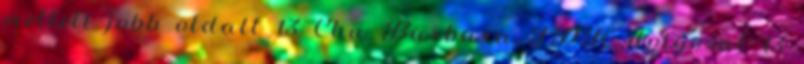
mellett jobb oldalt 13 Chu Barbara TDK dolgozat 13